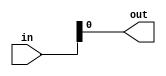
module ParityChecker(input wire [3:0]in,
							output wire out
							);

assign out = in[0];
endmodule